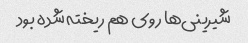
شیرینی‌ها روی هم ریخته شده بود